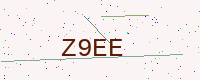
Text: Z9EE